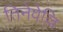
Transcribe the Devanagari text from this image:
तिनेवेल्लि